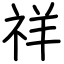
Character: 祥